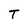
Character: T